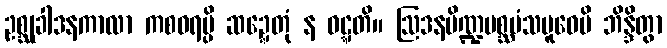
ဥစ္ဆုခါဒနကာလာ ကစဝရမ္ပိ ဆဍ္ဍေတုံ န ဝဋ္ဋတိ။ ဩဒနပိဏ္ဍမစ္ဆမံသပူဝေပိ ဘိန္ဒိတွာ